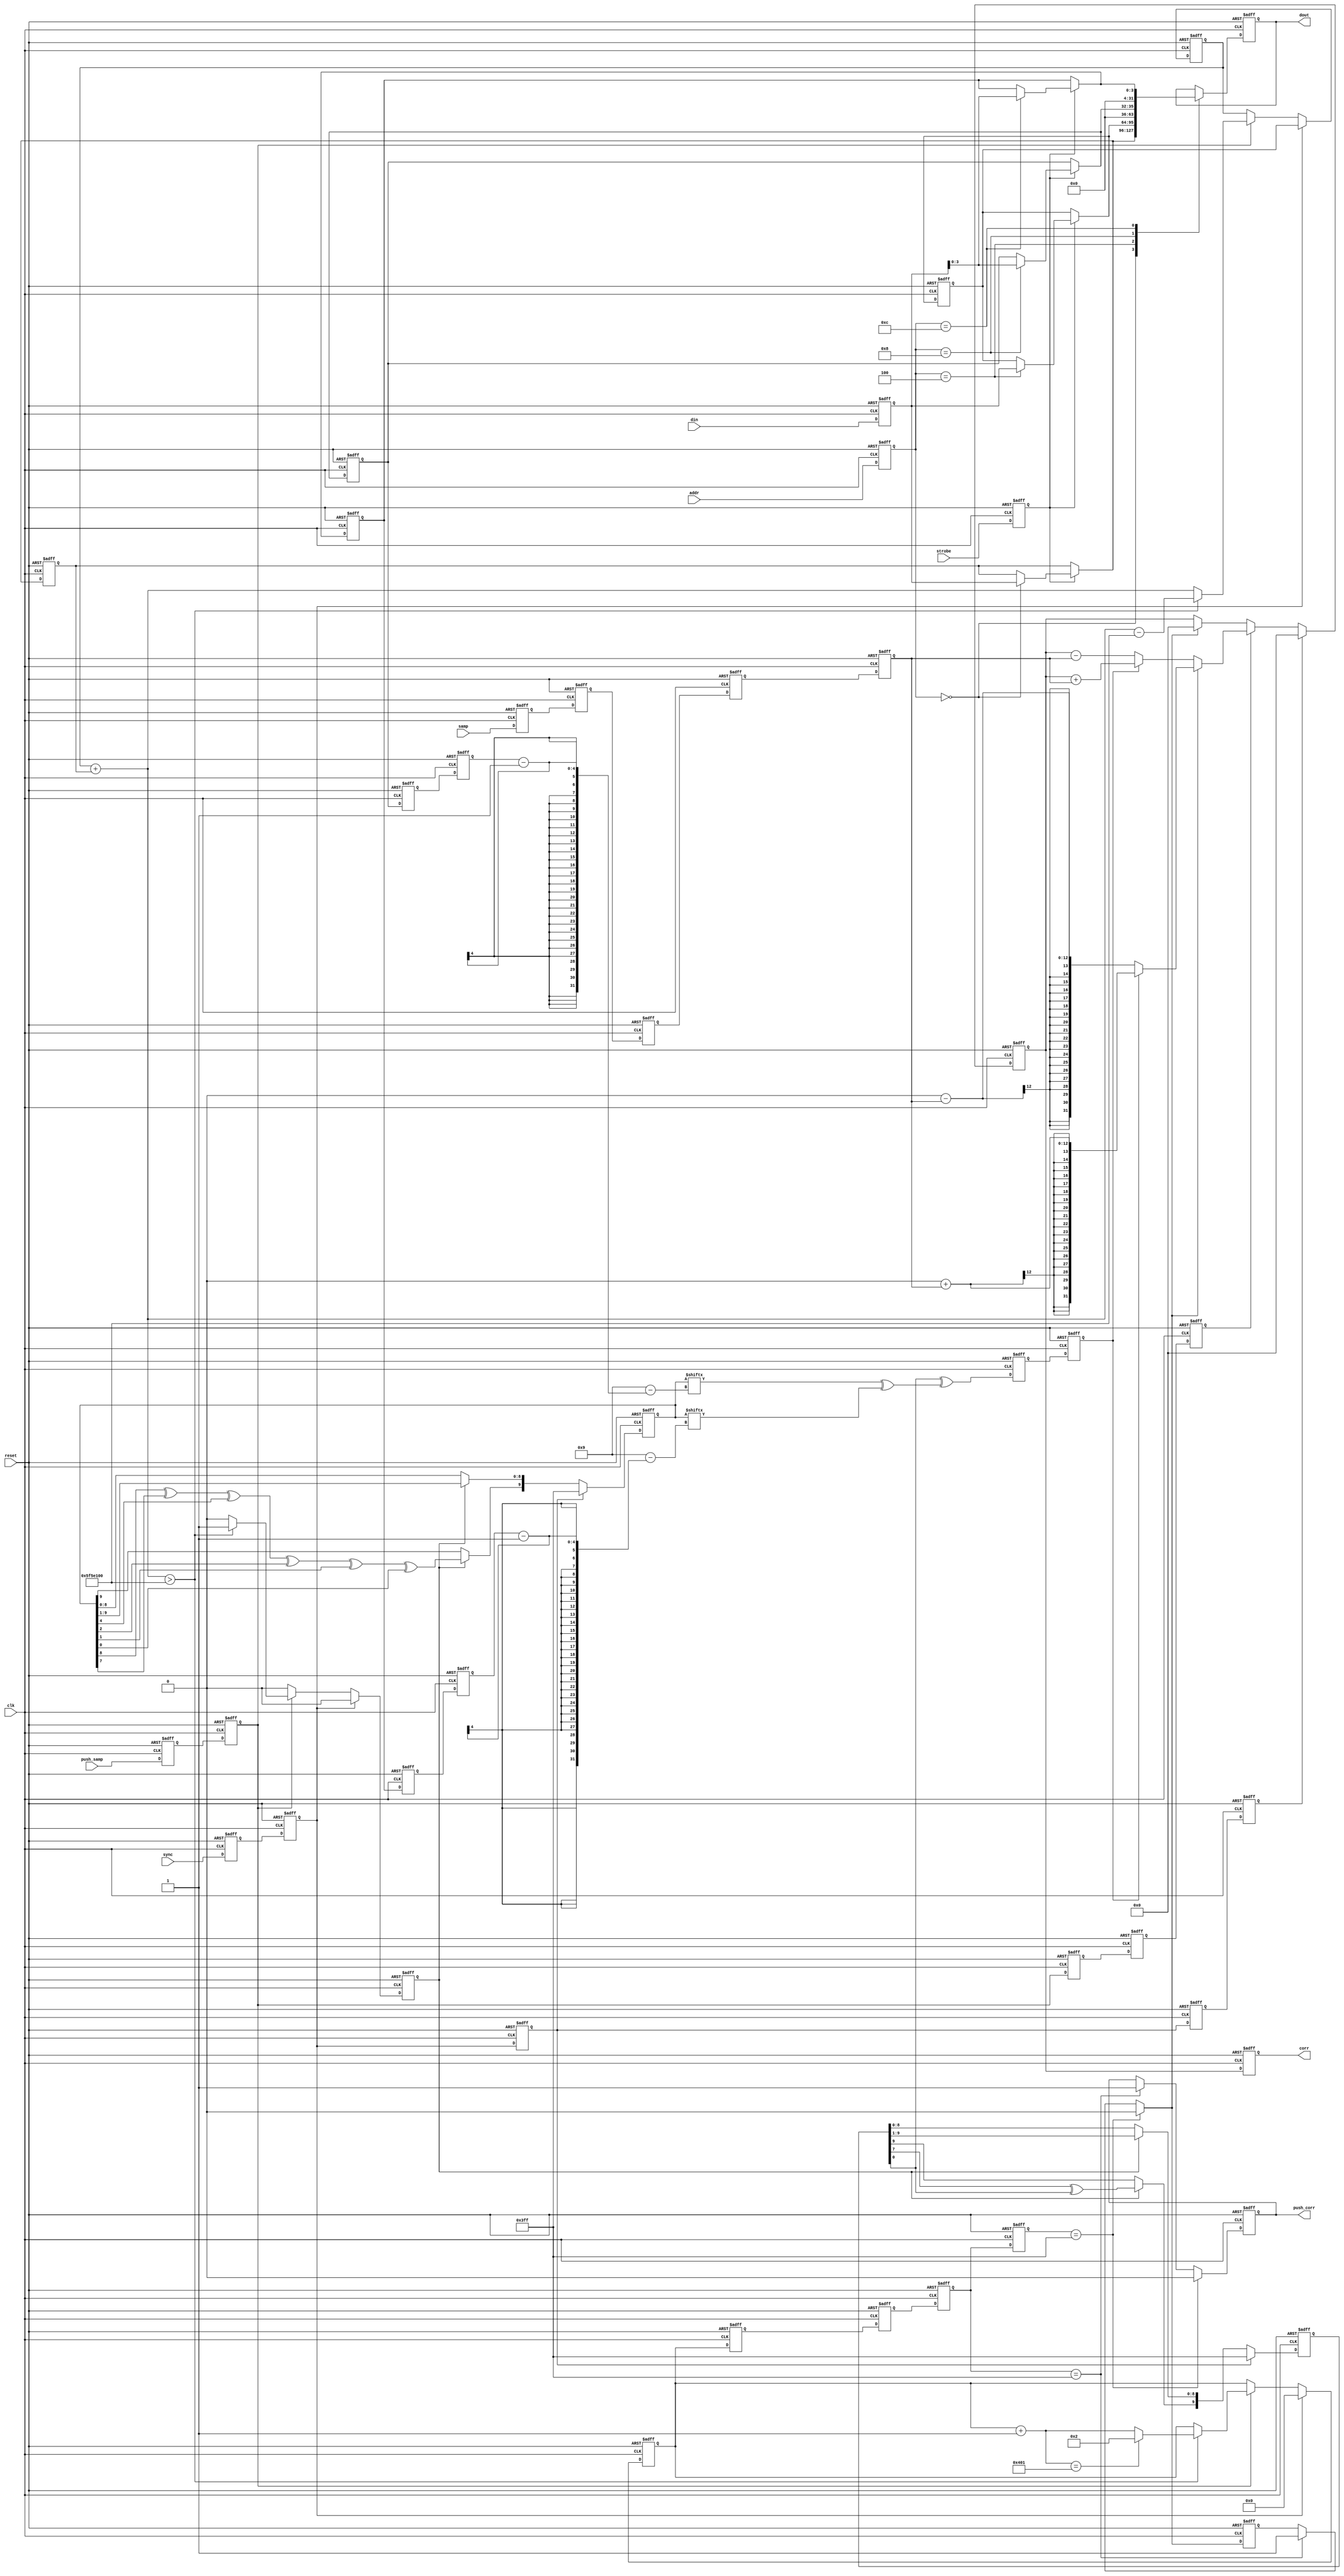
module ss (clk,reset,din,dout,addr,strobe,samp,push_samp,sync,push_corr,corr);
input clk;
input reset;
input [31:0] din;
output [31:0] dout;
input [3:0] addr;
input strobe;
input signed [11:0] samp;
input push_samp;
input sync;
output push_corr;
output signed [31:0] corr;

reg push1,push1_d,push2,push2_d,push3,push4,push5,push6,push3_d,push4_d,push5_d,push6_d,push7,push7_d;
reg [31:0] din_d,din_1,dout_d,dout_1;
reg [31:0] freq_d,freq,phase_d,phase,phase1,phase1_d;
reg [3:0] s1,s2,s1_d,s2_d,s1t,s2t,s1t_d,s2t_d,s1t2,s2t2,s1t2_d,s2t2_d;
reg strobe_d,strobe_1,sync_d,sync_1,sync_2,sync2_d,sync_3,sync3_d,sync_4,sync4_d,sync_5,sync5_d;
reg signed [11:0] samp_d,samp_1,samp2_d,samp_2,samp3_d,samp_3,samp4_d,samp_4,samp_5,samp5_d;
reg [3:0] addr_d,addr_1;
reg [9:0] g1,g2,g1_d,g2_d;
reg g1_feed,g2_feed,g1_out,g2_out,gout,gout_d,gout1,gout1_d;
reg [10:0] count,count_d,count1,count1_d,count2,count2_d,count3,count3_d,count4,count4_d;
reg flag, flag_d,cflag,cflag_d,flag1,flag1_d,flag2,flag2_d;
reg [31:0] acc,acc_d;
reg signed [31:0] corr_1, sum, sum_d,corr_d;

assign corr = corr_1;
assign push_corr = push7;
assign dout = dout_1;

always@(*) begin
	push1_d = push_samp;
	push2_d = push1;
	push3_d = push2;
	push4_d = push3;
	push5_d = push4;
	push6_d = push5;

end

always@(*) begin
	din_d = din;
	samp_d = samp;
	sync_d = sync;
	strobe_d = strobe;
	addr_d = addr;

	samp2_d = samp_1;
	samp3_d = samp_2;
	samp4_d = samp_3;
	samp5_d = samp_4;

	if(strobe_1) begin
		freq_d = freq;
		phase_d = phase;
		s1_d = s1;
		s2_d = s2;
		case(addr_1)
			0:freq_d = din_1;
			4:phase_d = din_1;
			8:s1_d = din_1;
			12:s2_d = din_1;
		endcase
	end
	else begin
		freq_d = freq;
		phase_d = phase;
		s1_d = s1;
		s2_d = s2;
	end

	case(addr_1)
		0:dout_d = freq_d;
		4:dout_d = phase_d;
		8:dout_d = s1_d;
		12:dout_d = s2_d;
		default: dout_d = dout_1;
	endcase
	
	sync2_d = sync_1;

	
	if(sync_2) begin
		acc_d = phase;
		count_d = 0;
		flag_d = 0;
	end
	else if(push2) begin
			acc_d = acc + freq;
			count_d = count;
			flag_d = 0;
				if(acc_d>100000000) begin
					acc_d = acc_d - 100000000;
					flag_d = 1;
					count_d = count + 1;
						if(count_d == 1025) count_d = 2;
						else count_d = count_d;
				end
				else begin
					acc_d = acc_d;
					flag_d = 0;
					count_d = count_d;
				end		
		end
	else begin
		acc_d = acc;
		count_d = count;
		flag_d = 0;
	end


	sync3_d = sync_2;
	phase1_d = phase;
	s1t_d = s1;
	s2t_d = s2;

	if(sync_3) begin
		g1_d = 1023;
		g2_d = 1023;
	end 
	else if(flag) begin
		g1_feed = (g1[7]^g1[0]);
		g2_feed = (g2[8]^g2[7]^g2[4]^g2[2]^g2[1]^g2[0]);
		g1_d = g1 >> 1;
		g2_d = g2 >> 1;		
		g1_d[9] = g1_feed;
		g2_d[9] = g2_feed;
	end
	else begin
		g1_feed = g1_feed;
		g2_feed = g2_feed;
		g1_d = g1;
		g2_d = g2;
	end
	
	g2_out = (g2[9-(s1t2-1)]^g2[9-(s2t2-1)]);
	g1_out = g1[0];
	gout_d = (g1_out^g2_out);
				
	
	s1t2_d = s1t;
	s2t2_d = s2t;
	
	flag1_d = flag;
	count1_d = count;

	flag2_d = flag1;
	count2_d = count1;
	
	count3_d = count2;
	count4_d = count3;
	gout1_d = gout;
		
	sync4_d = sync_3;
	sync5_d = sync_4;
	
	if(count3 == 1023) cflag_d =1;
	else cflag_d = cflag;
	if(count4 == 1023) cflag_d = 0;
	else cflag_d = cflag_d;	

	if(sync_5==1) sum_d = 0;
	else if(push5==1) begin
		if(cflag_d==1) begin
			if(gout1==1) begin
				sum_d = 0 + samp_5;
			end
			else begin
				sum_d = 0 - samp_5;
			end
		end
		else begin
			if(gout1==1) begin
				sum_d = sum + samp_5;
			end
			else begin
				sum_d = sum - samp_5;
			end
		end
	end
	else begin
		if(cflag_d==1) sum_d = 0;
		else sum_d = sum;
	end

	corr_d = sum;
	if(count3==1023) push7_d = 1;
	else push7_d = push7;
	if(count4==1023) push7_d = 0;

end



always@(posedge(clk) or posedge(reset)) begin
	if(reset)begin
		din_1<=0;
		samp_1<=0;
		sync_1<=0;
		strobe_1<=0;
		addr_1<=0;
		push1<=0;
	end
	else begin
		din_1<= #1 din_d;
		samp_1<= #1 samp_d;
		sync_1<= #1 sync_d;
		strobe_1<= #1 strobe_d;
		addr_1<= #1 addr_d;
		push1<= #1 push1_d;
	end
end

always@(posedge(clk) or posedge(reset))begin
	if(reset)begin
		freq<=0;
		phase<=0;
		s1<=0;
		s2<=0;
		dout_1<=0;
		sync_2<=0;
		samp_2<=0;
		push2<=0;
	end
	else begin
		freq<= #1 freq_d;
		phase<= #1 phase_d;
		s1<= #1 s1_d;
		s2<= #1 s2_d;
		dout_1<= #1 dout_d;
		sync_2<= #1 sync2_d;
		samp_2<= #1 samp2_d;
		push2<= #1 push2_d;
	end
end

always@(posedge(clk) or posedge(reset))begin
	if(reset)begin
		acc<=0;
		count<=0;
		flag<=0;
		sync_3<=0;
		phase1<=0;
		samp_3<=0;
		s1t<=0;
		s2t<=0;
		push3<=0;
	end
	else begin
		acc<= #1 acc_d;
		count<= #1 count_d;
		flag<= #1 flag_d;
		sync_3<= #1 sync3_d;
		phase1<= #1 phase1_d;
		samp_3<= #1 samp3_d;
		s1t<= #1 s1t_d;
		s2t<= #1 s2t_d;
		push3<= #1 push3_d;
	end
end

always@(posedge(clk) or posedge(reset))begin
	if(reset)begin	
		samp_4<=0;
		g1<=0;
		g2<=0;
		g1_feed<=0;
		g2_feed<=0;
		s1t2<=0;
		s2t2<=0;
		count1<=0;
		flag1<=0;
		flag2<=0;
		count2<=0;
		sync_4<=0;
		push4<=0;
	end
	else begin
		samp_4<= #1 samp4_d;
		g1<= #1 g1_d;
		g2<= #1 g2_d;
		g1_feed<= #1 g1_feed;
		g2_feed<= #1 g2_feed;		
		s1t2<= #1 s1t2_d;
		s2t2<= #1 s2t2_d;
		count1<= #1 count1_d;
		flag1<= #1 flag1_d;
		flag2<= #1 flag2_d;
		count2<= #1 count2_d;
		sync_4<= #1 sync4_d;
		push4<= #1 push4_d;
	end
end

always@(posedge(clk) or posedge(reset))begin
	if(reset)begin
		gout<=0;
		samp_5<=0;
		cflag<=0;
		count3<=0;
		sync_5<=0;
		push5<=0;
	end
	else begin
		gout<= #1 gout_d;
		samp_5<= #1 samp5_d;
		cflag<= #1 cflag_d;
		count3<= #1 count3_d;
		sync_5<= #1 sync5_d;
		push5<= #1 push5_d;
	end
end

always@(posedge(clk) or posedge(reset))begin
	if(reset)begin
		sum<=0;
		gout1<=0;
		count4<=0;
		push6<=0;
	end
	else begin
		sum<= #1 sum_d;
		gout1<= #1 gout1_d;
		count4<= #1 count4_d;
		push6<= #1 push6_d;
	end
end

always@(posedge(clk) or posedge(reset))begin
	if(reset)begin
		corr_1<=0;
		push7<=0;
	end
	else begin
		corr_1<= #1 corr_d;
		push7<= #1 push7_d;
	end
end
endmodule